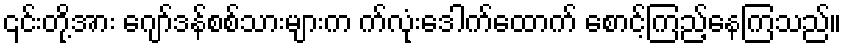
၎င်းတို့အား ဂျော်ဒန်စစ်သားများက က်လုံးဒေါက်ထောက် စောင့်ကြည့်နေကြသည်။